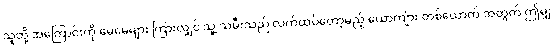
သူတို့ အကြောင်းကို မေမေများ ကြားလျှင် သူ့ သမီးသည် လက်ထပ်တော့မည့် ယောကျ်ား တစ်ယောက် အတွက် ဤမျှ